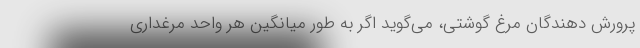
پرورش دهندگان مرغ گوشتی، می‌گوید اگر به طور میانگین هر واحد مرغداری